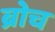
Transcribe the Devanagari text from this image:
ब्रोच